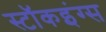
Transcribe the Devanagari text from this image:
स्टॉकइंग्स